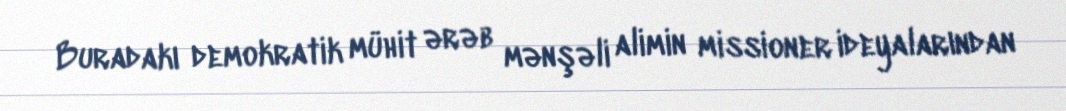
Buradakı demokratik mühit ərəb mənşəli alimin missioner ideyalarından